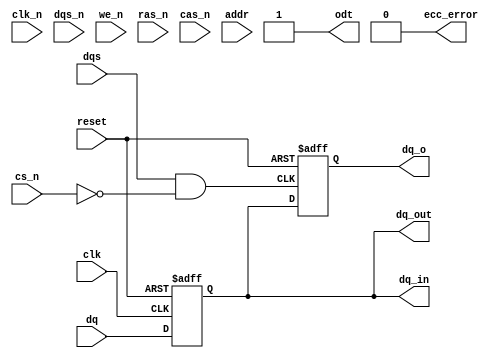
module gddr5x_io_block #(
    parameter DATA_WIDTH = 16, // Can be configured to 16 or 32
    parameter ADDR_WIDTH = 10  // Example address width
)(
    input wire clk,            // Single-ended clock input
    input wire clk_n,          // Inverted clock input
    input wire [DATA_WIDTH-1:0] dq, // Data input
    output wire [DATA_WIDTH-1:0] dq_out, // Data output
    input wire dqs,           // Data Strobe input
    input wire dqs_n,         // Inverted Data Strobe input
    input wire cs_n,          // Chip Select (active low)
    input wire we_n,          // Write Enable (active low)
    input wire ras_n,         // Row Address Strobe (active low)
    input wire cas_n,         // Column Address Strobe (active low)
    input wire [ADDR_WIDTH-1:0] addr, // Address lines
    output wire ecc_error,     // ECC Error Indicator
    output wire [DATA_WIDTH-1:0] dq_o, // Output data bus
    output reg [DATA_WIDTH-1:0] dq_in,  // Input data bus
    output wire odt,           // On-die termination
    input wire reset          // Reset signal
);

    // Parameter for clock management
    localparam CLK_FREQ = 100; // Example clock frequency

    // Signal declarations
    reg [DATA_WIDTH-1:0] data_buffer;
    wire dqs_sync;
    reg [DATA_WIDTH-1:0] ecc_data;
    wire ecc_corrected;
    
    // Clock synchronization logic
    always @(posedge clk or negedge reset) begin
        if (!reset) begin
            dq_in <= 0;
        end else begin
            dq_in <= dq; // Capture incoming data on clk rising edge
        end
    end

    // DQS and DQS# synchronization (for example, a simple synchronization)
    assign dqs_sync = dqs & ~cs_n; // DQS is valid when CS is low

    // ECC implementation stub (to be replaced with actual ECC logic)
    always @(posedge clk or negedge reset) begin
        if (!reset) begin
            ecc_data <= 0;
        end else if (!we_n) begin
            ecc_data <= dq_in; // Capture data for ECC processing
            // ECC processing should go here
        end
    end

    // Error detection logic (stubbed for this example)
    assign ecc_error = 1'b0; // Example: no error detected

    // Output assignments
    assign dq_out = dq_in; // Output data
    assign odt = 1'b1; // Simple ODT control

    // Example write leveling (simplified)
    always @(posedge dqs_sync or negedge reset) begin
        if (!reset) begin
            data_buffer <= 0;
        end else begin
            data_buffer <= dq_in; // Align data with DQS
        end
    end

    // Output assignments for debugging
    assign dq_o = data_buffer;

endmodule